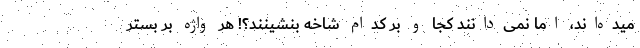
میده‌اند، اما نمی‌دانند کجا و بر کدام شاخه بنشینند؟! هر واژه بر بستر